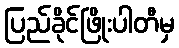
ပြည်ခိုင်ဖြိုးပါတီမှ